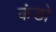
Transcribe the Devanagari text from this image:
कंडो